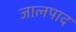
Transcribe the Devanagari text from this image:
जालपाद